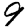
Digit: 9